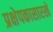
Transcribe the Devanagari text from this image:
प्रक्षेपकासारखे